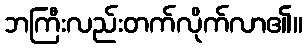
ဘကြီးလည်းတက်လိုက်လာ၏။